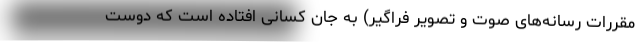
مقررات رسانه‌های صوت و تصویر فراگیر) به جان کسانی افتاده است که دوست